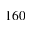
1 6 0